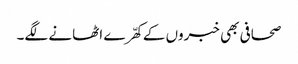
صحافی بھی خبروں کے کھّرے اٹھانے لگے۔